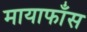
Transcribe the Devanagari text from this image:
मायाफाँस